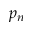
p _ { n }